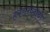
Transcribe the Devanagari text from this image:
हकालपट्टीची